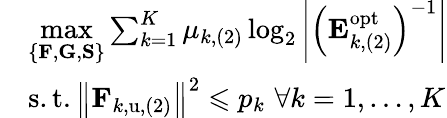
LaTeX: \begin{array}{rl}&{\underset{\left\{ \mathbf{F},\mathbf{G},\mathbf{S}\right\} }{\operatorname*{max}}\sum_{k=1}^{K}{\mu_{k,(2)}\log_{2}\left|\left(\mathbf{E}_{k,(2)}^{\mathrm{opt}}\right)^{-1}\right|}}\\ &{\mathrm{s}.\mathrm{t}.\left\| \mathbf{F}_{k,\mathrm{u},(2)}\right\| ^{2}\leqslant p_{k}\, \, \forall k=1,\dots,K}\end{array}